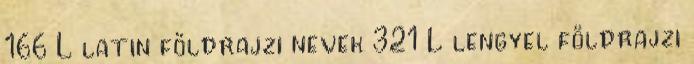
166 L latin földrajzi nevek‎ 321 L lengyel földrajzi